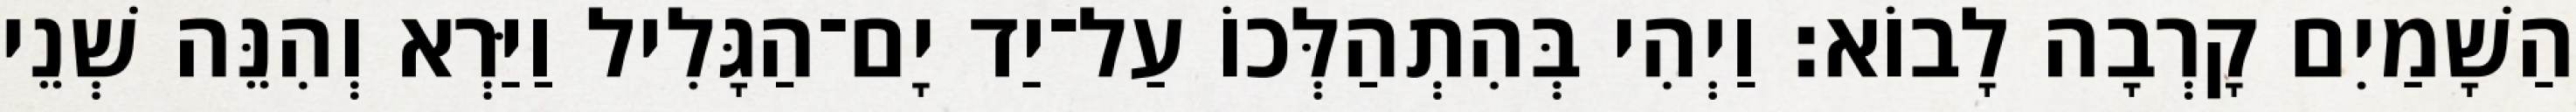
הַשָׁמַיִם קָרְבָה לָבוֹא׃ וַיְהִי בְּהִתְהַלְּכוֹ עַל־יַד יָם־הַגָּלִיל וַיַּרְא וְהִנֵּה שְׁנֵי